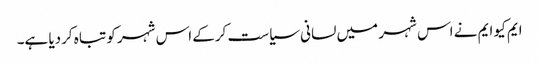
ایم کیو ایم نے اس شہر میں لسانی سیاست کرکے اس شہر کو تباہ کردیا ہے۔